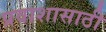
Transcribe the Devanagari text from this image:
प्रवाशासाठी